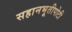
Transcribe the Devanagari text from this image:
सहानभूतीपोटी